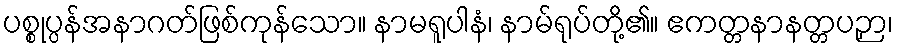
ပစ္စုပ္ပန်အနာဂတ်ဖြစ်ကုန်သော။ နာမရူပါနံ၊ နာမ်ရုပ်တို့၏။ ဧကတ္တနာနတ္တပဉှာ၊